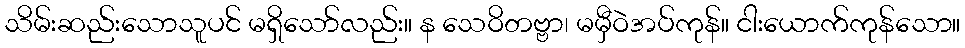
သိမ်းဆည်းသောသူပင် မရှိသော်လည်း။ န သေဝိတဗ္ဗာ၊ မမှီဝဲအပ်ကုန်။ ငါးယောက်ကုန်သော။